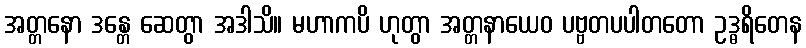
အတ္တနော ဒန္တေ ဆေတွာ အဒါသိ။ မဟာကပိ ဟုတွာ အတ္တနာယေဝ ပဗ္ဗတပပါတတော ဥဒ္ဓရိတေန